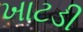
ખાટડી